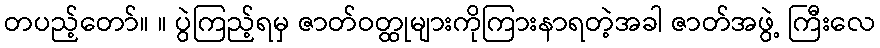
တပည့်တော်။ ။ ပွဲကြည့်ရမှ ဇာတ်ဝတ္ထုများကိုကြားနာရတဲ့အခါ ဇာတ်အဖွဲ့ ကြီးလေ